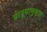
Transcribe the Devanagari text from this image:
प्रारूपानुसार